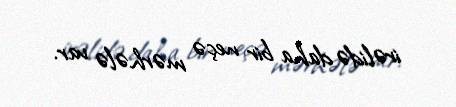
irəlidə daha bir neçə mərhələ var.